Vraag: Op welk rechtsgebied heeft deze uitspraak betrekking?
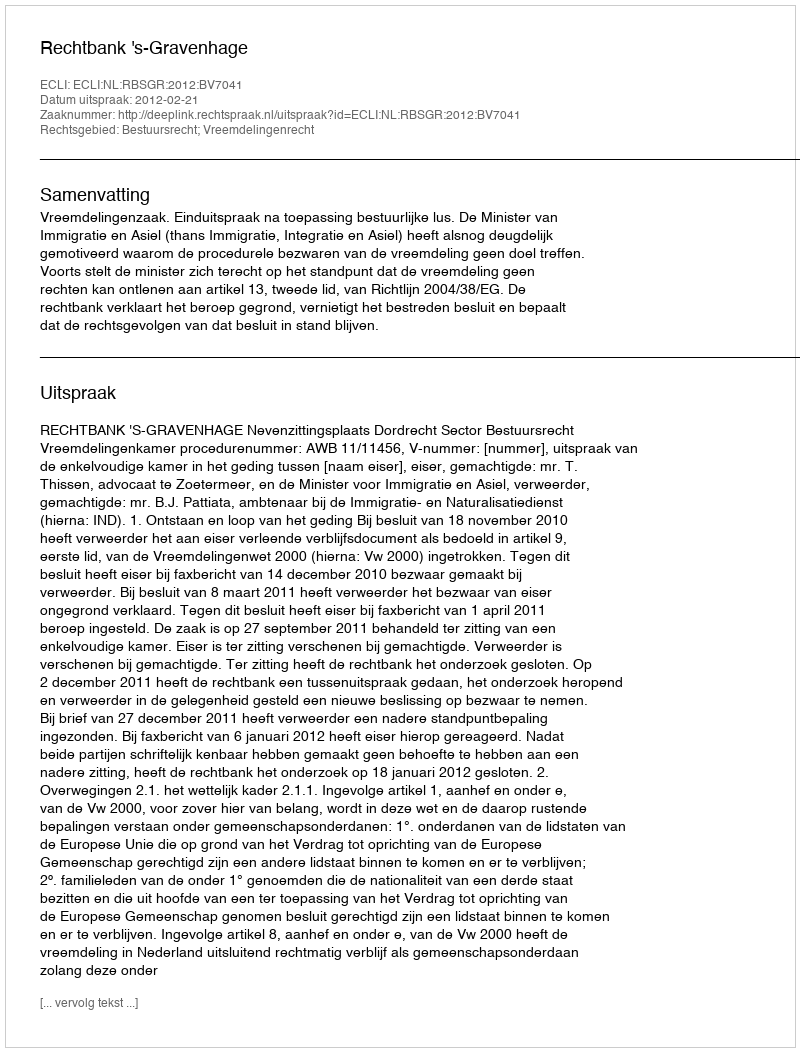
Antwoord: Bestuursrecht; Vreemdelingenrecht